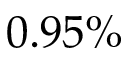
0 . 9 5 \%